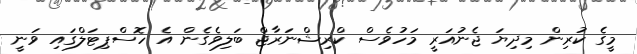
މީގެ ކުރިން މިދިޔަ ޖެނުއަރީ މަހުވެސް ކްރިޝްނަރާޖް ބަލިވެގެން އެ ހޮސްޕިޓަލްގައި ވަނީ